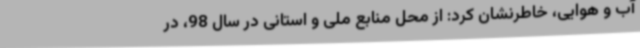
آب و هوایی، خاطرنشان کرد: از محل منابع ملی و استانی در سال 98، در